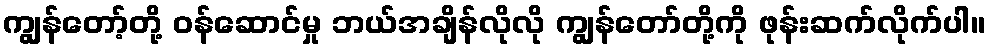
ကျွန်တော့်တို့ ဝန်ဆောင်မှု ဘယ်အချိန်လိုလို ကျွန်တော်တို့ကို ဖုန်းဆက်လိုက်ပါ။